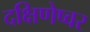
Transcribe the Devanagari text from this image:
दक्षिणेष्वर